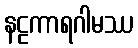
နဠကာရဂါမဿ